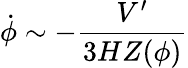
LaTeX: \dot{\phi}\sim-\frac{V^{\prime}}{3HZ(\phi)}